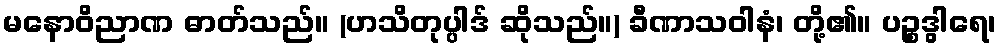
မနောဝိညာဏ ဓာတ်သည်။ (ဟသိတုပ္ပါဒ် ဆိုသည်။) ခီဏာသဝါနံ၊ တို့၏။ ပဉ္စဒွါရေ၊